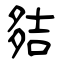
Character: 夡